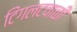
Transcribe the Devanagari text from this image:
टिंगलटवाळी